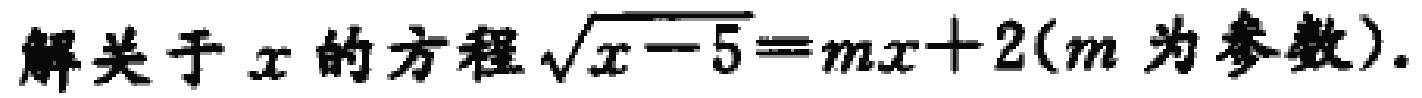
解关于\(x\)的方程\(\sqrt{x - 5}=mx + 2(m为参数)\)。